Report on vaccination in Madras 1877-1894 - 1877-1894
Year: 1877
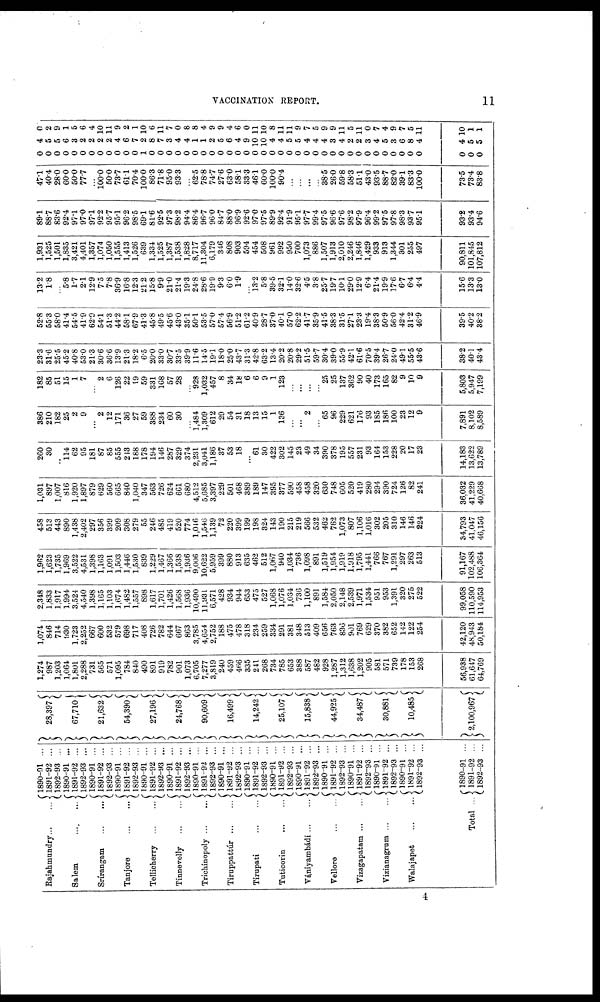
VACCINATION REPORT.
11
Rajahmundry ... ...
Salem
Srírangam
...
...
Tanjore
...
...
Tellicherry
...
...
Tinnevelly
...
...
Trichinopoly ... ...
Tiruppattúr
...
...
Tirupati
...
...
Tuticorin
...
...
Vániyambádi ... ...
Vellore
...
...
Vizagapatam ... ...
Vizianagrum ... ...
Walajapet
...
...
Total ...
1890-91 ...
1891-92 ...
1892-93 ...
1890-91 ...
1891-92 ...
1892-93 ...
1890-91 ...
1891-92 ...
1892-93 ...
1890-91 ...
1891-92 ...
1892-93 ...
1890-91 ...
1891-92 ...
1892-93 ...
1890-91 ...
1891-92 ...
1892-93 ...
1890-91 ...
1891-92 ...
1892-93 ...
1890-91
...
1891-92 ...
1892-93 ...
1890-91 ...
1891-92 ...
1892-93 ...
1890-91 ...
1891-92 ...
1892-93 ...
1890-91 ...
1891-92 ...
1892-93 ...
1890-91 ...
1891-92 ...
1892-93 ...
1890-91 ...
1891-92 ...
1892-93 ...
1890-91 ...
1891-92 ...
1892-93 ...
1890-91 ...
1891-92 ...
1892-93 ...
1890-91 ...
1891-92 ...
1892-93 ...
28,397
67,710
21,632
54,390
27,196
24,768
90,609
16,499
14,242
25,107
15,838
44,925
34,487
30,881
10,485
2,100,967
1,274
987
1,203
1,064
1,801
2,288
731
565
571
1,095
784
840
490
891
919
782
901
1,073
6,705
7,277
3,819
240
459
466
335
241
268
734
785
653
388
587
482
928
1,287
1,312
1,638
1,202
905
581
571
739
178
153
268
56,938
61,647
64,769
1,074
846
714
930
1,723
2,252
667
600
532
579
698
717
408
726
782
644
667
863
3,785
4,654
2,752
188
475
478
318
234
259
334
291
381
348
513
409
656
763
836
901
769
629
370
382
652
142
122
254
42,120
48,943
50,184
2,348
1,833
1,917
1,994
3,524
4,540
1,398
1,165
1,103
1,674
1,482
1,557
898
1,617
1,701
1,426
1,568
1,936
10,490
11,931
6,571
428
934
944
653
475
527
1,068
1,076
1,034
736
1,100
891
1,584
2,050
2,148
2,539
1,971
1,534
951
953
1,391
320
275
522
99,058
110,590
114,953
1,962
1,623
1,735
1,969
3,522
4,531
1,398
1,163
1,091
1,503
1,446
1,530
839
1,229
1,467
1,366
1,538
1,936
9,006
10,622
5,959
399
880
913
635
462
512
1,067
940
1,034
736
1,098
891
1,519
1,954
1,919
1,918
1,795
1,441
766
767
1,291
297
263
513
91,167
102,488
106,364
458
513
443
890
1,438
2,402
297
356
399
209
308
279
55
246
485
419
520
774
1,046
1,546
1,139
72
220
399
199
198
324
143
190
215
219
566
532
462
762
1,073
807
1,106
1,016
302
205
310
146
146
224
34,793
41,047
46,156
1,031
897
1,007
816
1,920
1,897
879
629
560
665
840
1,040
347
563
726
624
661
680
4,512
5,685
3,397
229
501
468
389
189
147
395
377
590
458
458
320
630
748
605
520
419
280
294
390
724
126
82
241
36,032
41,229
40,668
260
30
...
114
62
95
181
87
85
555
213
188
178
194
146
287
329
374
2,231
3,041
1,186
37
53
18
...
61
30
422
302
145
23
49
34
390
378
195
557
231
93
164
153
228
20
17
23
14,183
13,622
13,789
386
210
182
25
2
9
...
2
12
171
36
27
59
388
234
60
30
...
1,484
1,309
612
29
54
31
18
13
15
1
136
...
...
2
...
65
96
229
621
176
93
185
186
100
23
12
9
7,891
8,102
8,589
182
85
51
15
1
7
...
2
6
126
22
19
59
331
168
57
28
...
928
1,032
457
8
34
18
6
6
9
1
123
...
...
...
...
25
25
137
362
90
40
173
165
82
9
10
9
5,803
5,947
7,199
23.3
31.6
25.5
45.2
40.8
53.0
21.3
30.6
36.6
13.9
21.3
18.2
6.5
20.0
33.0
30.7
33.5
39.9
11.6
14.5
19.1
18.0
25.0
43.7
31.3
42.8
63.2
13.4
20.2
20.8
29.2
51.5
59.7
30.4
39.0
55.9
42.1
61.6
70.5
39.4
26.7
24.0
49.1
55.5
43.6
38.2
40.1
43.4
52.8
55.3
58.0
41.4
54.5
41.9
62.9
54.1
51.3
44.2
58.1
67.9
41.3
45.8
49.5
45.6
43.0
35.1
50.1
53.5
57.0
57.4
56.9
51.2
61.2
40.9
28.7
37.0
40.1
57.0
62.2
41.7
35.9
41.5
38.3
31.5
27.1
23.3
19.4
38.3
50.9
56.0
42.4
31.2
46.9
39.5
40.2
38.2
13.2
1.8
...
5.8
1.7
2.1
12.9
7.5
7.8
36.9
16.8
12.3
21.2
15.8
9.9
21.0
21.4
19.3
24.8
28.6
19.9
9.3
6.0
1.9
...
13.2
5.8
39.5
32.1
14.0
32.6
4.5
3.8
25.7
19.7
10.1
29.0
12.9
6.4
21.4
19.9
17.6
6.7
6.4
4.4
15.6
13.3
13.0
1,931
1,525
1,501
1,835
3,421
4,401
1,357
1,074
1,050
1,555
1,413
1,526
639
1,334
1,525
1,387
1,538
1,828
8,717
11,304
6,179
346
808
903
594
454
508
961
992
950
700
1,073
886
1,507
1,913
2,010
2,246
1,846
1,429
933
913
1,344
301
255
497
90,811
101,845
107,812
89.1
88.7
83.6
92.4
97.1
97.0
97.1
92.2
95.7
95.1
96.2
98.5
69.1
81.6
92.5
97.3
98.2
94.4
86.4
96.7
96.0
84.7
88.0
96.9
92.6
97.0
97.5
89.9
92.4
91.9
95.1
97.7
99.4
97.5
96.6
97.6
98.2
97.9
96.4
99.2
97.5
97.8
98.3
93.7
95.1
93.2
93.4
94.6
47.1
40.4
28.0
60.0
50.0
77.7
...
100.0
50.0
73.7
61.1
70.4
100.0
86.3
71.8
95.0
93.3
...
62.5
78.8
74.7
27.6
63.0
58.1
33.3
46.1
60.0
100.0
90.4
...
...
...
...
38.5
26.0
59.8
58.3
51.1
43.0
93.5
88.7
82.0
39.1
83.3
100.0
73.5
73.4
83.8
0
0
0
0
0
0
0
0
0
0
0
0
1
0
0
0
0
0
0
0
0
0
0
0
0
0
0
0
0
0
0
0
0
0
0
0
0
0
0
0
0
0
0
0
0
0
0
0
4
5
5
6
3
2
2
2
2
4
6
7
2
8
7
3
4
4
1
1
2
5
6
4
9
10
10
4
4
5
5
4
4
4
3
4
2
2
3
4
5
3
6
8
4
4
5
5
0
2
9
1
5
6
4
10
11
9
2
1
10
6
11
7
0
8
8
4
9
9
4
6
0
11
10
8
11
11
9
7
5
9
9
11
5
11
0
7
4
9
7
5
11
10
1
1
4